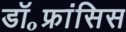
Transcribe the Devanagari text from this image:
डॉ॰फ्रांसिस